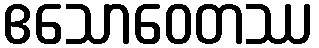
ဧသောဝေတဿ